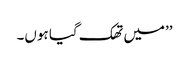
’’میں تھک گیا ہوں۔